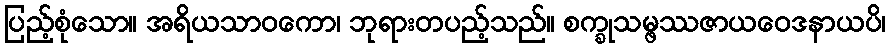
ပြည့်စုံသော။ အရိယသာဝကော၊ ဘုရားတပည့်သည်။ စက္ခုသမ္ဖဿဇာယဝေဒနာယပိ၊